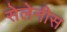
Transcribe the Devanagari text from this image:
सेलेनीस